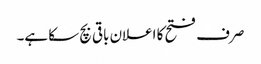
صرف فتح کا اعلان باقی بچ سکا ہے۔